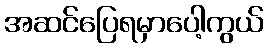
အဆင်ပြေရမှာပေါ့ကွယ်